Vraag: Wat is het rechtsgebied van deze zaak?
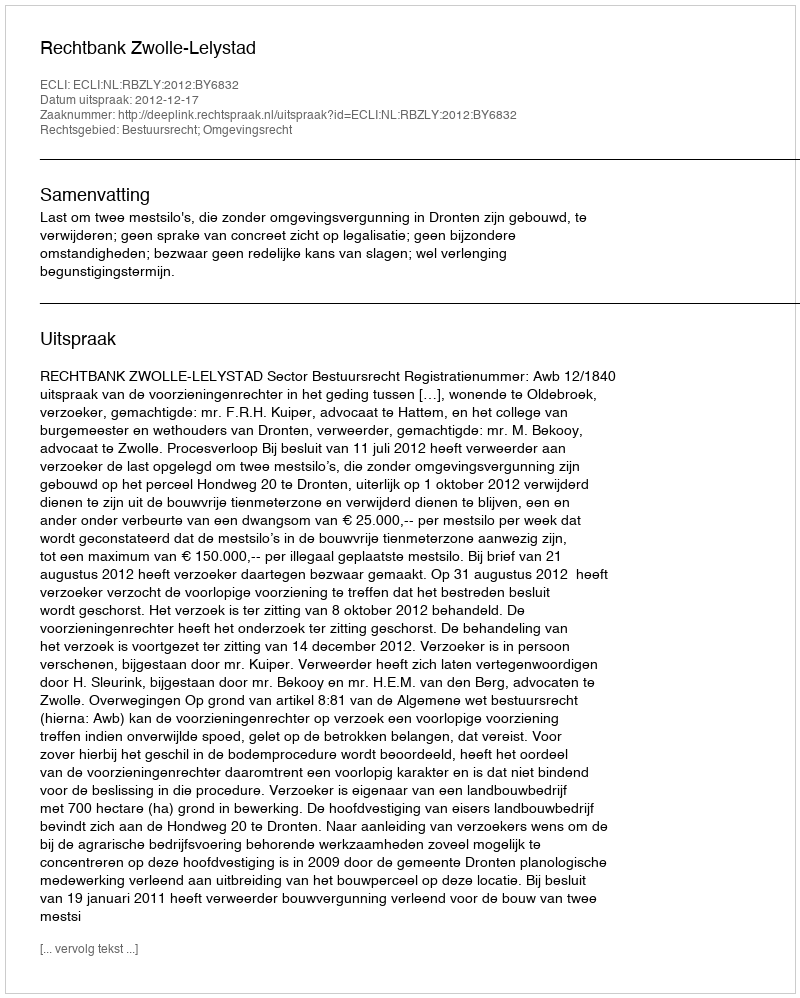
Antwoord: Bestuursrecht; Omgevingsrecht